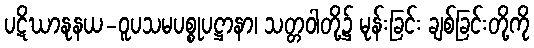
ပဋိဃာနုနယ-ဝူပသမပစ္စုပဋ္ဌာနာ၊ သတ္တဝါတို့၌ မုန်းခြင်း ချစ်ခြင်းတို့ကို